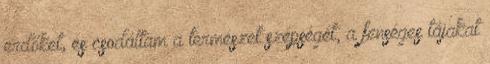
erdőket, és csodáltam a természet szépségét, a fenséges tájakat